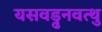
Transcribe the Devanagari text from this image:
यसवड्ढनवत्थु